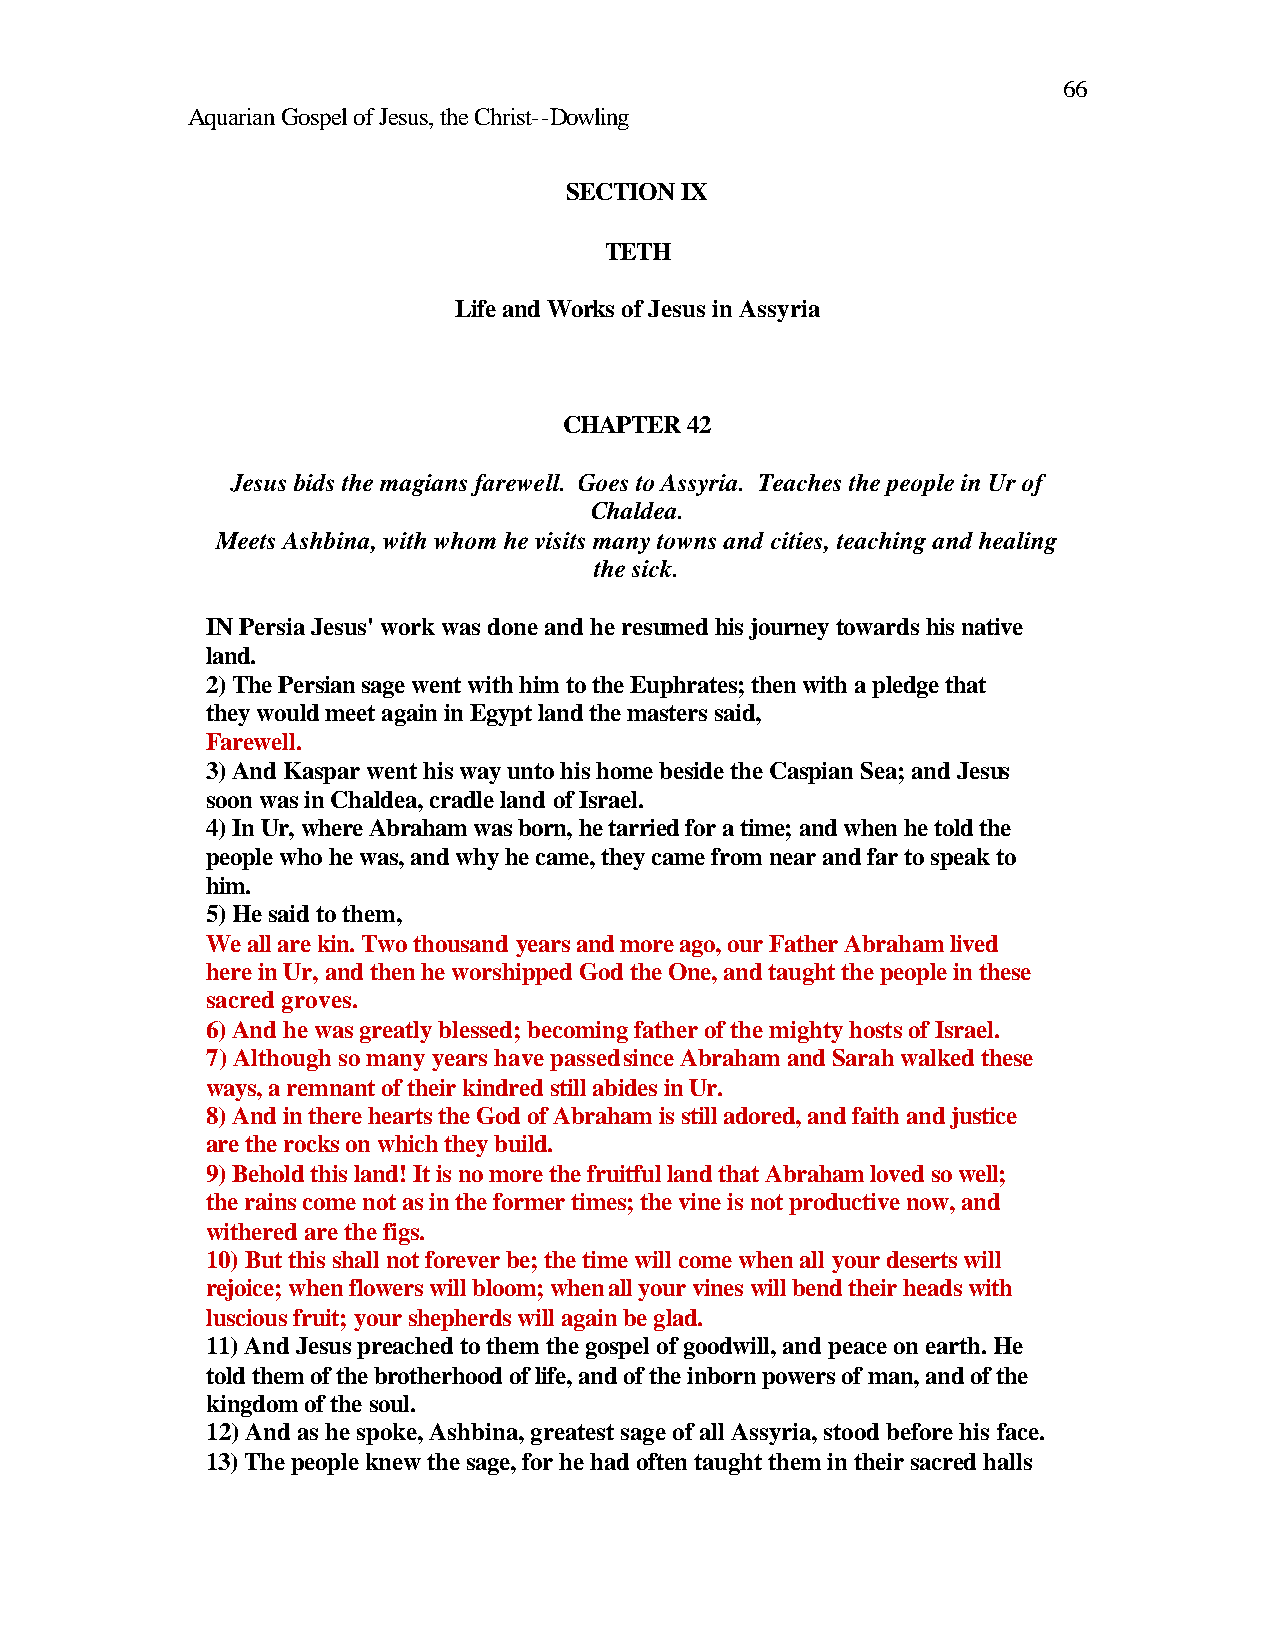
66
 Aquarian Gospel of Jesus, the Christ--Dowling
 SECTION IX
 TETH
 Life and Works of Jesus in Assyria
 CHAPTER 42
 Jesus bids the magians farewell. Goes to Assyria. Teaches the people in Ur of
 Chaldea.
 Meets Ashbina, with whom he visits many towns and cities, teaching and healing
 the sick.
 IN Persia Jesus' work was done and he resumed his journey towards his native
 land.
 2) The Persian sage went with him to the Euphrates; then with a pledge that
 they would meet again in Egypt land the masters said,
 Farewell.
 3) And Kaspar went his way unto his home beside the Caspian Sea; and Jesus
 soon was in Chaldea, cradle land of Israel.
 4) In Ur, where Abraham was born, he tarried for a time; and when he told the
 people who he was, and why he came, they came from near and far to speak to
 him.
 5) He said to them,
 We all are kin. Two thousand years and more ago, our Father Abraham lived
 here in Ur, and then he worshipped God the One, and taught the people in these
 sacred groves.
 6) And he was greatly blessed; becoming father of the mighty hosts of Israel.
 7) Although so many years have passed since Abraham and Sarah walked these
 ways, a remnant of their kindred still abides in Ur.
 8) And in there hearts the God of Abraham is still adored, and faith and justice
 are the rocks on which they build.
 9) Behold this land! It is no more the fruitful land that Abraham loved so well;
 the rains come not as in the former times; the vine is not productive now, and
 withered are the figs.
 10) But this shall not forever be; the time will come when all your deserts will
 rejoice; when flowers will bloom; when all your vines will bend their heads with
 luscious fruit; your shepherds will again be glad.
 11) And Jesus preached to them the gospel of goodwill, and peace on earth. He
 told them of the brotherhood of life, and of the inborn powers of man, and of the
 kingdom of the soul.
 12) And as he spoke, Ashbina, greatest sage of all Assyria, stood before his face.
 13) The people knew the sage, for he had often taught them in their sacred halls